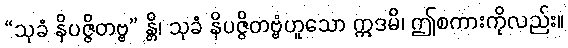
“သုခံ နိပဇ္ဇိတဗ္ဗ” န္တိ၊ သုခံ နိပဇ္ဇိတဗ္ဗံဟူသော ဣဒမိ၊ ဤစကားကိုလည်း။